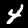
Label: 4